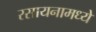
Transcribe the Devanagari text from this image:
रसायनामध्ये